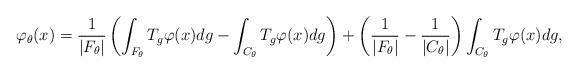
LaTeX: \begin{gather*}\varphi_\theta(x)=\frac{1}{|F_\theta|}\left(\int_{F_\theta}T_g\varphi(x)dg-\int_{C_\theta}T_g\varphi(x)dg\right)+\left(\frac{1}{|F_\theta|}-\frac{1}{|C_\theta|}\right)\int_{C_\theta}T_g\varphi(x)dg,\end{gather*}